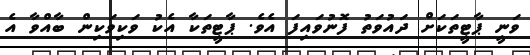
ވަނީ ޕާޓީތަކަށް ދައުވަތު ފޮނުވައިފަ އެވެ. ޕާޓީތަކާ އެކު ވަކިވަކިން ބާއްވާ އެ